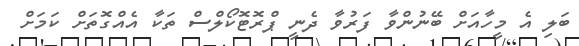
ބަލި އެ މީހާއަށް ބޭނުންވާ ފަރުވާ ދެނީ ޕްރޮޓޮކޯލްސް ތަކާ އެއްގޮތަށް ކަމަށް